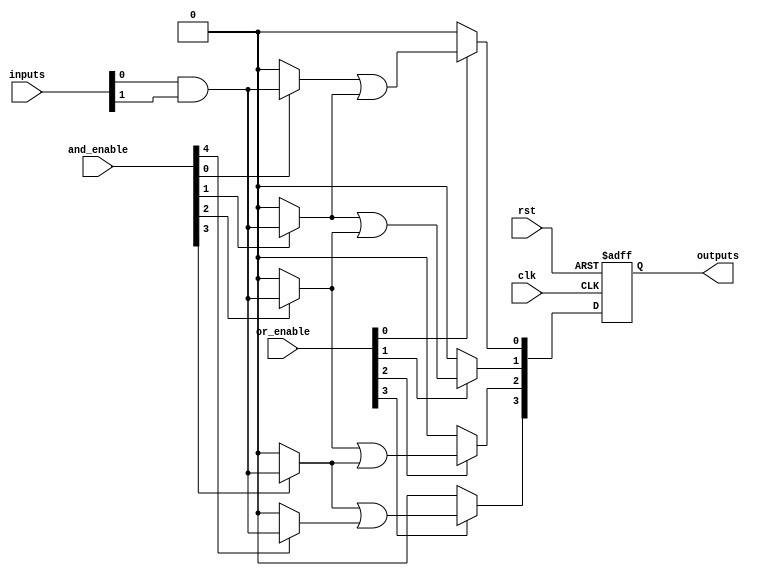
module RPAL #(
    parameter NUM_INPUTS = 8,      // Number of input signals
    parameter NUM_AND_TERMS = 16,   // Number of product terms
    parameter NUM_OUTPUTS = 4       // Number of output signals
)(
    input wire [NUM_INPUTS-1:0] inputs,          // Input lines
    input wire [NUM_AND_TERMS-1:0] and_enable,   // Control signals for AND array
    input wire [NUM_AND_TERMS-1:0] or_enable,    // Control signals for OR array
    input wire clk,                               // Clock input
    input wire rst,                               // Reset input
    output reg [NUM_OUTPUTS-1:0] outputs         // Output lines
);

// Internal signals
wire [NUM_AND_TERMS-1:0] product_terms;         // Product terms from AND array
wire [NUM_OUTPUTS-1:0] or_terms;                // Intermediate OR terms

// Programmable AND array
genvar i, j;
generate
    for (i = 0; i < NUM_AND_TERMS; i = i + 1) begin : and_array
        assign product_terms[i] = (and_enable[i]) ? (inputs[0] & inputs[1]) : 1'b0; // Example: ANDing first two inputs
        // Extend this for other combinations as needed
    end
endgenerate

// Programmable OR array
generate
    for (j = 0; j < NUM_OUTPUTS; j = j + 1) begin : or_array
        assign or_terms[j] = (or_enable[j]) ? (product_terms[j] | product_terms[j + 1]) : 1'b0; // Example: ORing product terms
        // Extend this for other combinations as needed
    end
endgenerate

// Registered outputs
always @(posedge clk or posedge rst) begin
    if (rst) begin
        outputs <= 0; // Reset outputs
    end else begin
        outputs <= or_terms; // Capture OR terms in registers
    end
end

endmodule